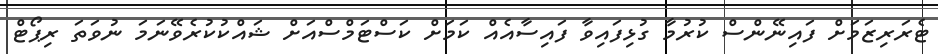
ޓެރަރިޒަމަށް ފައިނޭންސް ކުރުމާ ގުޅިފައިވާ ފައިސާއެއް ކަމަށް ކަސްޓަމްސްއަށް ޝައްކުކުރެވޭނަމަ ނުވަތަ ރިޕޯޓް